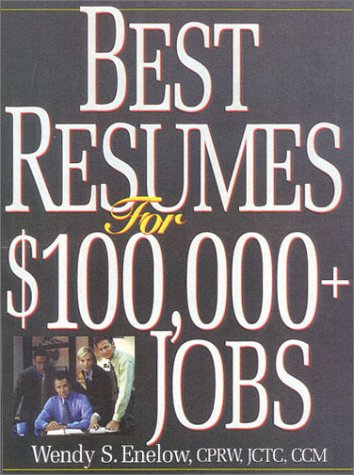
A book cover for Best Resumes For $100,000+ Jobs; Wendy Enelow; Business & Money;